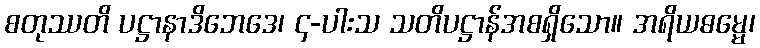
စတုဿတိ ပဋ္ဌာနာဒိဘေဒေ၊ ၄-ပါးသ သတိပဋ္ဌာန်အစရှိသော။ အရိယဓမ္မေ၊